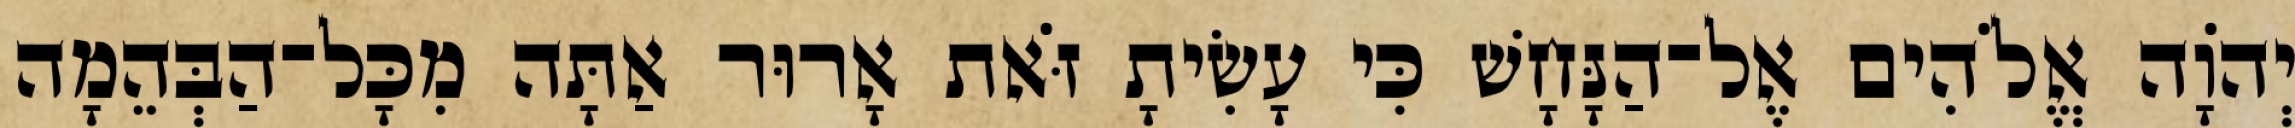
יְהֹוָה אֱלֹהִים אֶל־הַנָּחָשׁ כִּי עָשִׂיתָ זֹּאת אָרוּר אַתָּה מִכָּל־הַבְּהֵמָה